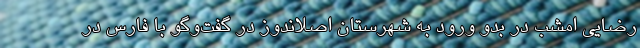
رضایی امشب در بدو ورود به شهرستان اصلاندوز در گفت‌وگو با فارس در